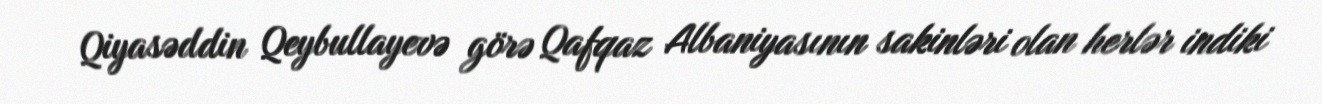
Qiyasəddin Qeybullayevə görə Qafqaz Albaniyasının sakinləri olan herlər indiki